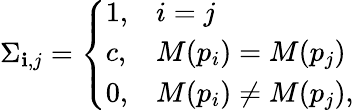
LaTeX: \Sigma_{\mathbf{i},j}=\left\{ \begin{array}{ll}{1,}&{i=j}\\ {c,}&{M(p_{i})=M(p_{j})}\\ {0,}&{M(p_{i})\neq M(p_{j}),}\end{array}\right.